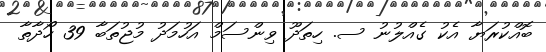
ބޮއްކުރަޔާ އެކު ގެއްލުނު ސ. ހިތަދޫ ވިންސަމް އަހުމަދު މުޖުތަބާ 39 ހޯދާތާ